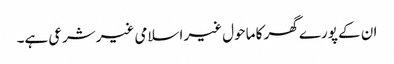
ان کے پورے گھر کا ماحول غیر اسلامی غیرشرعی ہے۔